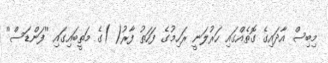
މިބިސް އާދައިގެ ގޮތެއްގައި ހަރުލަނީ ރަހިމުގެ ފަހަތު ފާރު( )ގެ މަތީބައިގައި ''ފަންޑަސް''